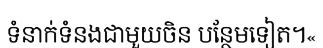
ទំនាក់ទំនងជាមួយចិន បន្ថែមទៀត។«